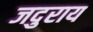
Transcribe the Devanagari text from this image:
जदुराय